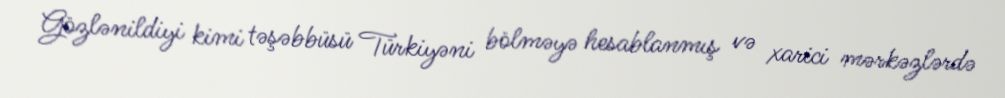
Gözlənildiyi kimi təşəbbüsü Türkiyəni bölməyə hesablanmış və xarici mərkəzlərdə